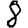
Digit: 8